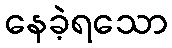
နေခဲ့ရသော